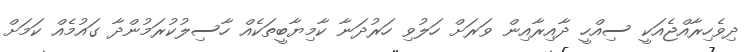
ދިވެހިރާއްޖެއަކީ ސިއްހީ ދާއިރާއިން ވަރަށް ހަލުވި ހަރުދަނާ ކާމިޔާބީތަކެއް ހާސިލުކުރަމުންދާ ގައުމެއް ކަމަށް